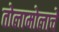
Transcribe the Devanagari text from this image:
तोलामोलाचे